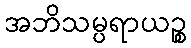
အဘိသမ္ပရာယဉ္စ